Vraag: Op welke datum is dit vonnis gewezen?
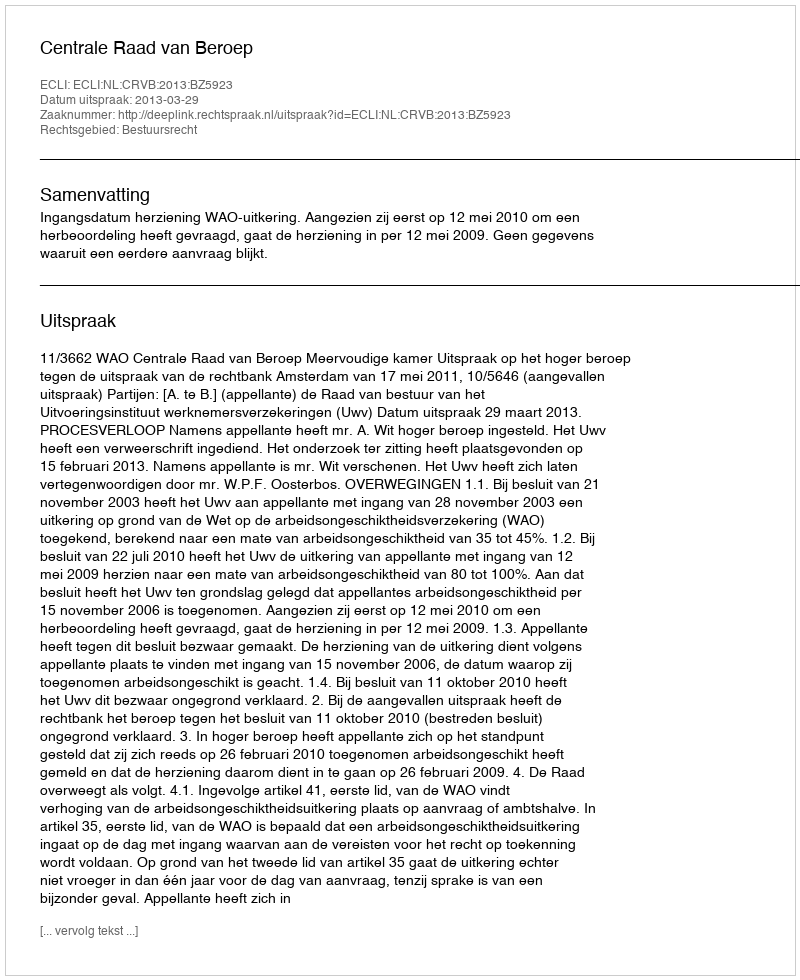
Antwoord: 2013-03-29